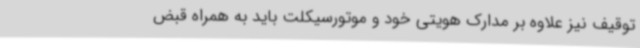
توقیف نیز علاوه بر مدارک هویتی خود و موتورسیکلت باید به همراه قبض